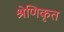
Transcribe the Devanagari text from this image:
श्रेणिकृत